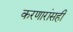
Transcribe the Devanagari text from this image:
करणारांसही